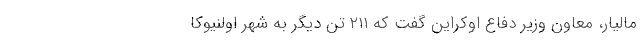
مالیار، معاون وزیر دفاع اوکراین گفت که ۲۱۱ تن دیگر به شهر اولنیوکا